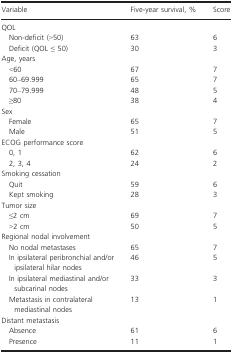
| Variable | Five-year survival, % | Score |
 | --- | --- | --- |
 | <COLSPAN=3> QOL |
 | Non-deficit (>50) | 63 | 6 |
 | Deficit (QOL ≤ 50) | 30 | 3 |
 | <COLSPAN=3> Age, years |
 | <60 | 67 | 7 |
 | 60–69.999 | 65 | 7 |
 | 70–79.999 | 48 | 5 |
 | ≥80 | 38 | 4 |
 | <COLSPAN=3> Sex |
 | Female | 65 | 7 |
 | Male | 51 | 5 |
 | <COLSPAN=3> ECOG performance score |
 | 0, 1 | 62 | 6 |
 | 2, 3, 4 | 24 | 2 |
 | <COLSPAN=3> Smoking cessation |
 | Quit | 59 | 6 |
 | Kept smoking | 28 | 3 |
 | <COLSPAN=3> Tumor size |
 | ≤2 cm | 69 | 7 |
 | >2 cm | 50 | 5 |
 | <COLSPAN=3> Regional nodal involvement |
 | No nodal metastases | 65 | 7 |
 | In ipsilateral peribronchial and/or ipsilateral hilar nodes | 46 | 5 |
 | In ipsilateral mediastinal and/or subcarinal nodes | 33 | 3 |
 | Metastasis in contralateral mediastinal nodes | 13 | 1 |
 | <COLSPAN=3> Distant metastasis |
 | Absence | 61 | 6 |
 | Presence | 11 | 1 |